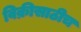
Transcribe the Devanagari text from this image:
विक्रीसाठीच